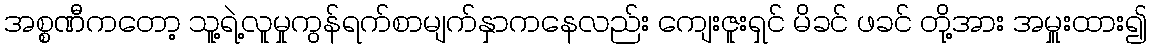
အစ္စဏီကတော့ သူ့ရဲ့လူမှုကွန်ရက်စာမျက်နှာကနေလည်း ကျေးဇူးရှင် မိခင် ဖခင် တို့အား အမှူးထား၍